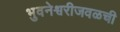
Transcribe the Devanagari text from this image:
भुवनेश्वरीजवळची